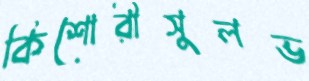
কিশোরীসুলভ